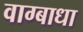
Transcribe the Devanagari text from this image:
वाग्बाधा